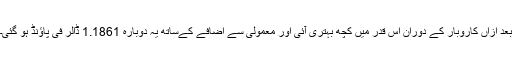
بعد ازاں کاروبار کے دوران اس قدر میں کچھ بہتری آئی اور معمولی سے اضافے کےساتھ یہ دوبارہ 1.1861 ڈالر فی پاؤنڈ ہو گئی۔